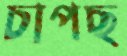
চাপছ